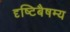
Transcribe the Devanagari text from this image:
दृष्टिबैषम्य